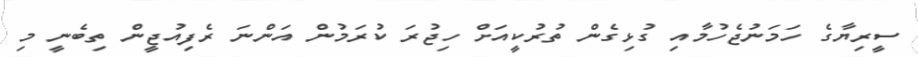
ސީރިޔާގެ ހަމަނުޖެހުމާއި ގުޅިގެން ތުރުކީއަށް ހިޖުރަ ކުރަމުން އަންނަ ރެފިއުޖީން ތިބެނީ މި